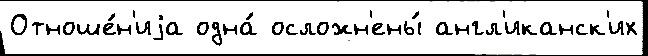
Отноше́н'иjа одна́ осложн'ены́ англ'иканск'их